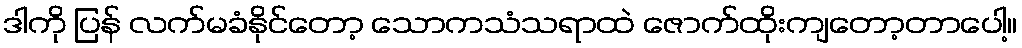
ဒါကို ပြန် လက်မခံနိုင်တော့ သောကသံသရာထဲ ဇောက်ထိုးကျတော့တာပေါ့။